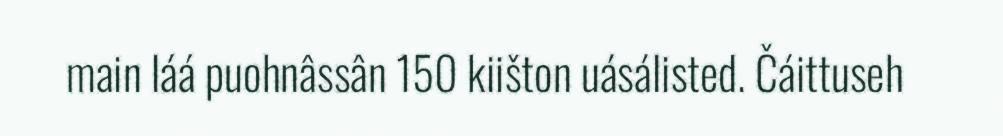
main láá puohnâssân 150 kiišton uásálisted. Čáittuseh